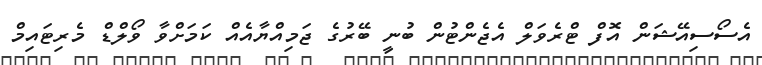
އެސޯސިއޭޝަން އޮފް ޓްރެވަލް އެޖެންޓުން ބުނީ ބޭރުގެ ޖަމިއްޔާއެއް ކަމަށްވާ ވޯލްޑް މެރިޓައިމް